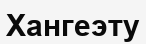
Хангеэту